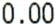
0.00